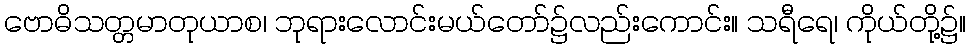
ဗောဓိသတ္တမာတုယာစ၊ ဘုရားလောင်းမယ်တော်၌လည်းကောင်း။ သရီရေ၊ ကိုယ်တို့၌။